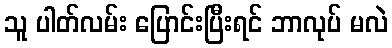
သူ ပါတ်လမ်း ပြောင်းပြီးရင် ဘာလုပ် မလဲ